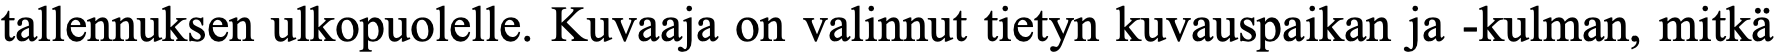
tallennuksen ulkopuolelle. Kuvaaja on valinnut tietyn kuvauspaikan ja -kulman, mitkä